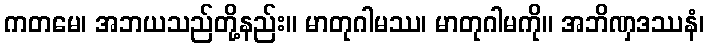
ကတမေ၊ အဘယသည်တို့နည်း။ မာတုဂါမဿ၊ မာတုဂါမကို။ အဘိဏှဒဿနံ၊